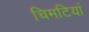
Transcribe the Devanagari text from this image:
चिमटियां